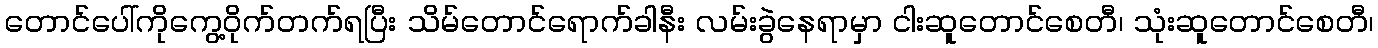
တောင်ပေါ်ကိုကွေ့ဝိုက်တက်ရပြီး သိမ်တောင်ရောက်ခါနီး လမ်းခွဲနေရာမှာ ငါးဆူတောင်စေတီ၊ သုံးဆူတောင်စေတီ၊